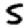
Digit: 5